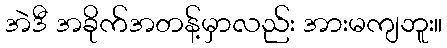
အဲဒီ အခိုက်အတန့်မှာလည်း အားမကျဘူး။